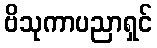
ဗိသုကာပညာရှင်